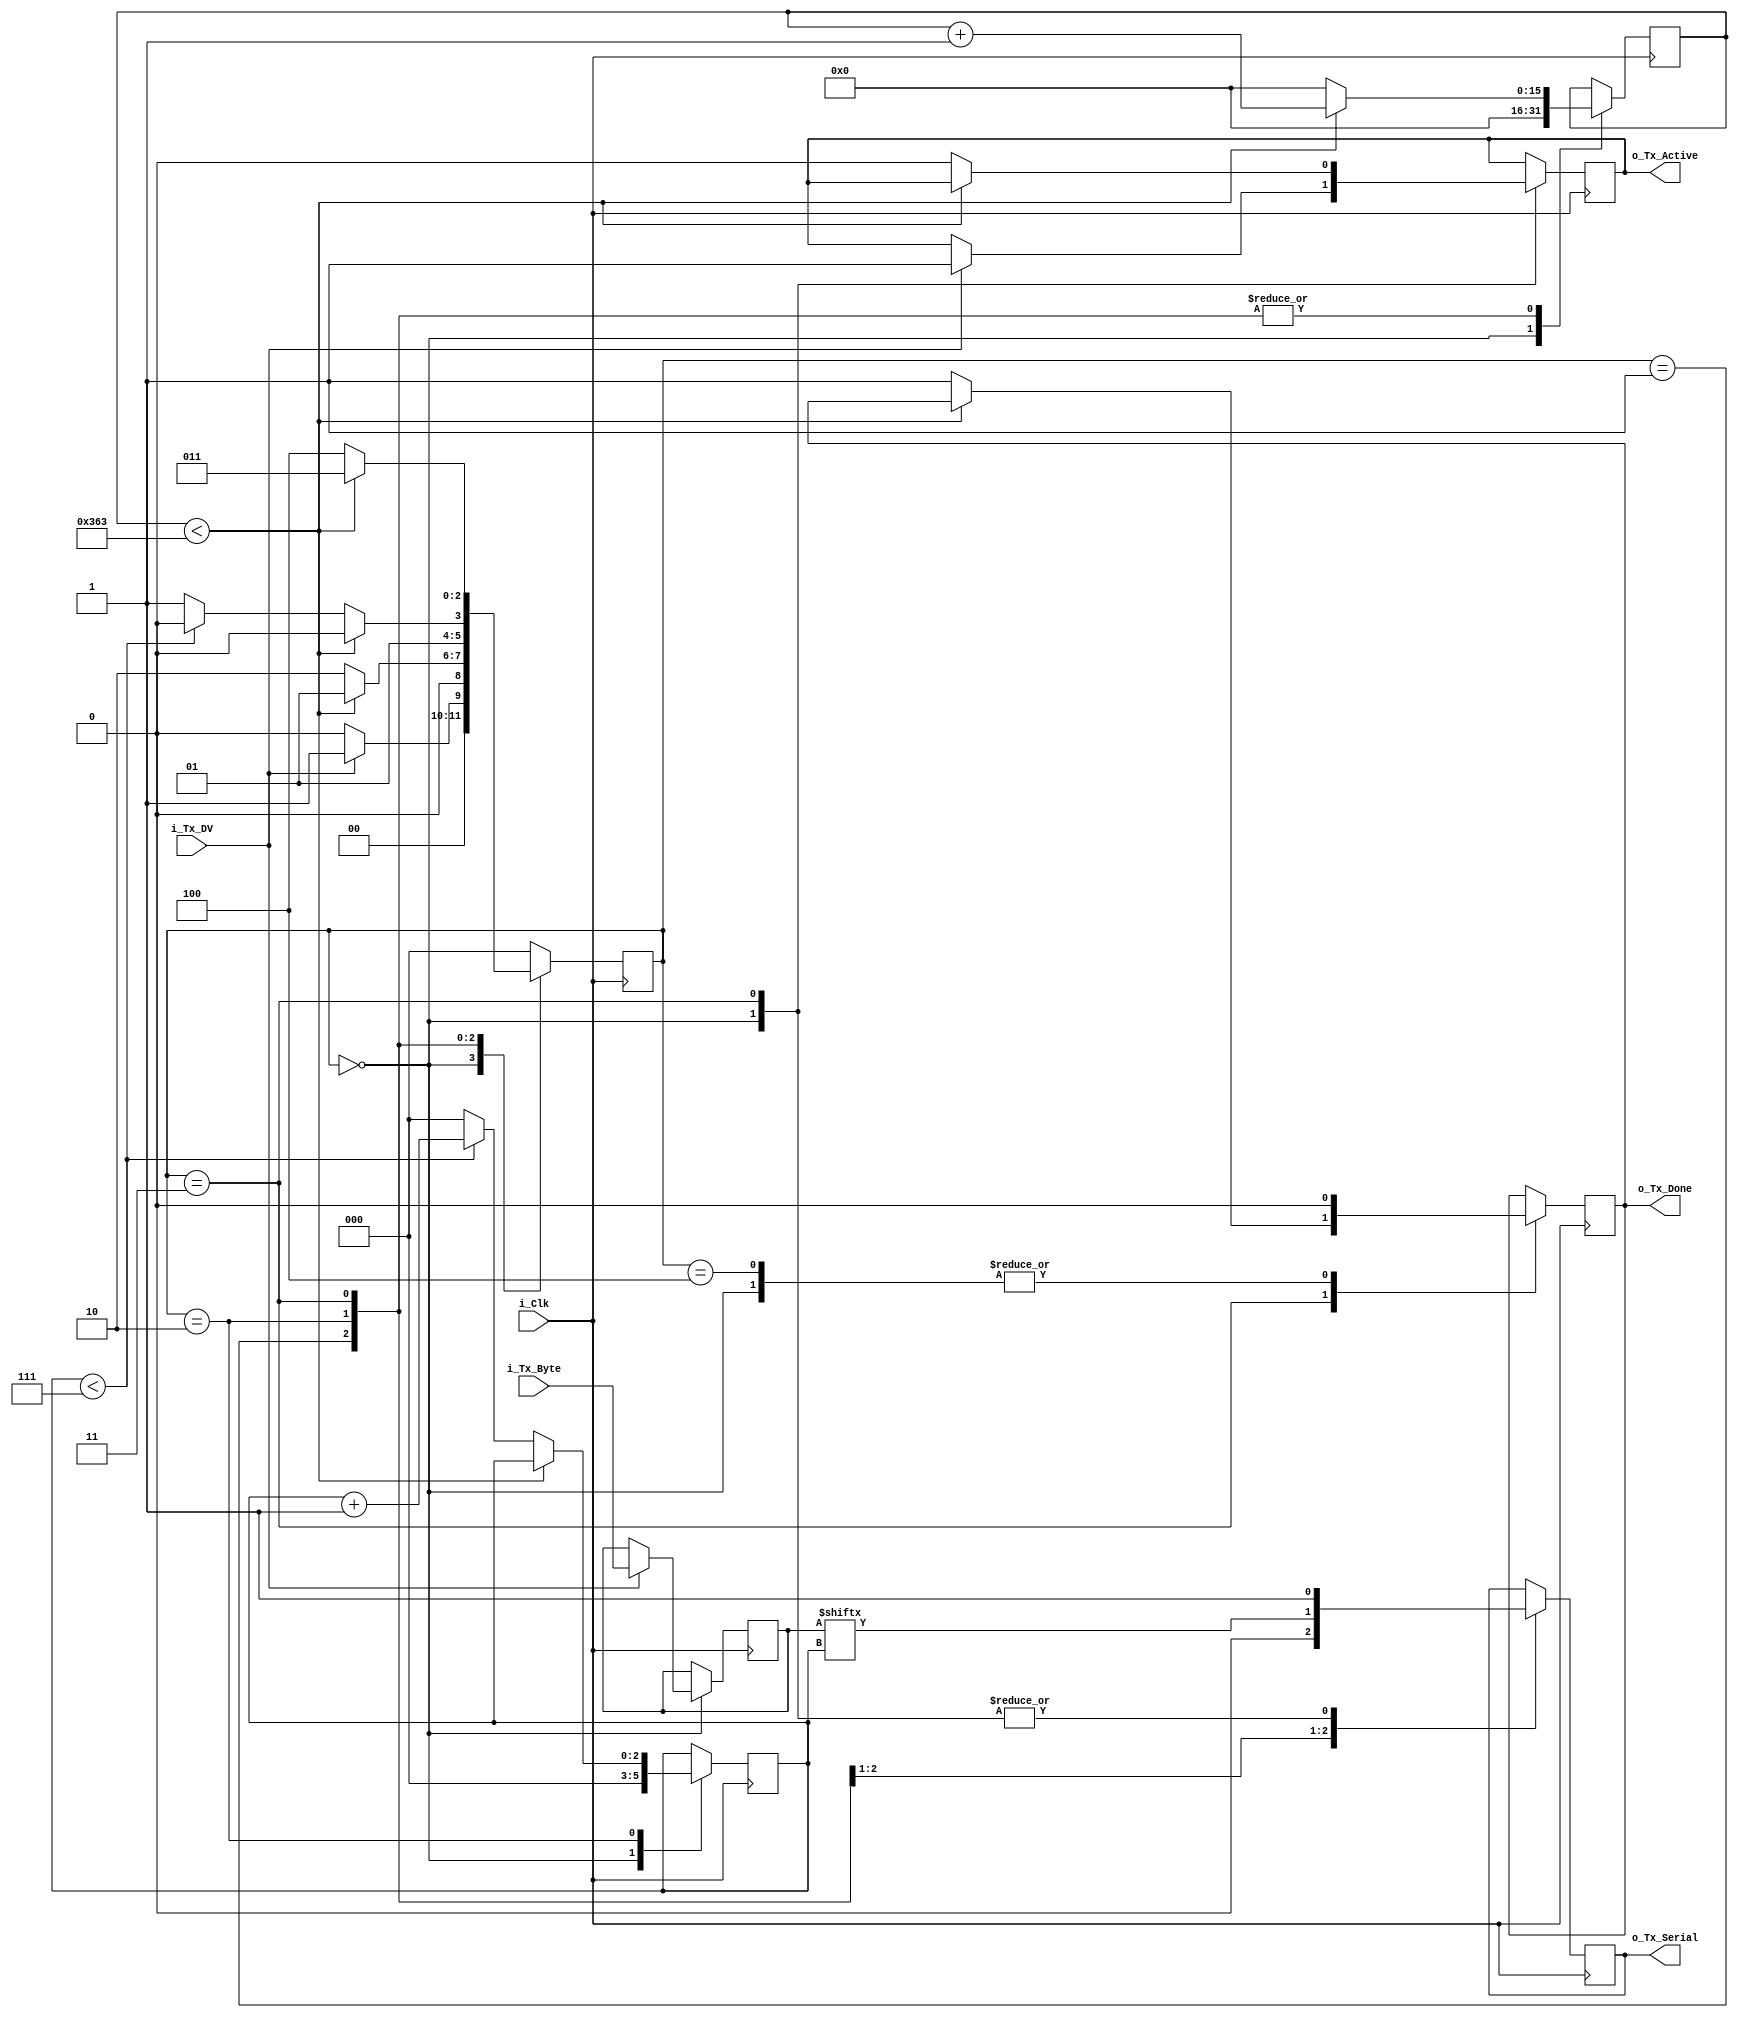
// (100000000)/(115200) = 868
// (100000000)/(9600) = 10416
  
module uart_tx 
  //#(parameter CLKS_PER_BIT=10416) // 9600 baud
  #(parameter CLKS_PER_BIT=868)  // 115200 baud
  (
   input       i_Clk,
   input       i_Tx_DV,
   input [7:0] i_Tx_Byte, 
   output      o_Tx_Active,
   output reg  o_Tx_Serial,
   output      o_Tx_Done
   );
  
  localparam s_IDLE         = 3'b000;
  localparam s_TX_START_BIT = 3'b001;
  localparam s_TX_DATA_BITS = 3'b010;
  localparam s_TX_STOP_BIT  = 3'b011;
  localparam s_CLEANUP      = 3'b100;
   
  reg [2:0]    r_SM_Main     = 0;
  reg [15:0]   r_Clock_Count = 0;
  reg [2:0]    r_Bit_Index   = 0;
  reg [7:0]    r_Tx_Data     = 0;
  reg          r_Tx_Done     = 0;
  reg          r_Tx_Active   = 0;
     
  always @(posedge i_Clk)
    begin
       
      case (r_SM_Main)
        s_IDLE :
          begin
            o_Tx_Serial   <= 1'b1;         // Drive Line High for Idle
            r_Tx_Done     <= 1'b0;
            r_Clock_Count <= 0;
            r_Bit_Index   <= 0;
             
            if (i_Tx_DV == 1'b1)
              begin
                r_Tx_Active <= 1'b1;
                r_Tx_Data   <= i_Tx_Byte;
                r_SM_Main   <= s_TX_START_BIT;
              end
            else
              r_SM_Main <= s_IDLE;
          end // case: s_IDLE
         
         
        // Send out Start Bit. Start bit = 0
        s_TX_START_BIT :
          begin
            o_Tx_Serial <= 1'b0;
             
            // Wait CLKS_PER_BIT-1 clock cycles for start bit to finish
            if (r_Clock_Count < CLKS_PER_BIT-1)
              begin
                r_Clock_Count <= r_Clock_Count + 1;
                r_SM_Main     <= s_TX_START_BIT;
              end
            else
              begin
                r_Clock_Count <= 0;
                r_SM_Main     <= s_TX_DATA_BITS;
              end
          end // case: s_TX_START_BIT
         
         
        // Wait CLKS_PER_BIT-1 clock cycles for data bits to finish         
        s_TX_DATA_BITS :
          begin
            o_Tx_Serial <= r_Tx_Data[r_Bit_Index];
             
            if (r_Clock_Count < CLKS_PER_BIT-1)
              begin
                r_Clock_Count <= r_Clock_Count + 1;
                r_SM_Main     <= s_TX_DATA_BITS;
              end
            else
              begin
                r_Clock_Count <= 0;
                 
                // Check if we have sent out all bits
                if (r_Bit_Index < 7)
                  begin
                    r_Bit_Index <= r_Bit_Index + 1;
                    r_SM_Main   <= s_TX_DATA_BITS;
                  end
                else
                  begin
                    r_Bit_Index <= 0;
                    r_SM_Main   <= s_TX_STOP_BIT;
                  end
              end
          end // case: s_TX_DATA_BITS
         
         
        // Send out Stop bit.  Stop bit = 1
        s_TX_STOP_BIT :
          begin
            o_Tx_Serial <= 1'b1;
             
            // Wait CLKS_PER_BIT-1 clock cycles for Stop bit to finish
            if (r_Clock_Count < CLKS_PER_BIT-1)
              begin
                r_Clock_Count <= r_Clock_Count + 1;
                r_SM_Main     <= s_TX_STOP_BIT;
              end
            else
              begin
                r_Tx_Done     <= 1'b1;
                r_Clock_Count <= 0;
                r_SM_Main     <= s_CLEANUP;
                r_Tx_Active   <= 1'b0;
              end
          end // case: s_Tx_STOP_BIT
         
         
        // Stay here 1 clock
        s_CLEANUP :
          begin
            r_Tx_Done <= 1'b0;
            r_SM_Main <= s_IDLE;
          end
         
         
        default :
          r_SM_Main <= s_IDLE;
         
      endcase
    end
 
  assign o_Tx_Active = r_Tx_Active;
  assign o_Tx_Done   = r_Tx_Done;
   
endmodule